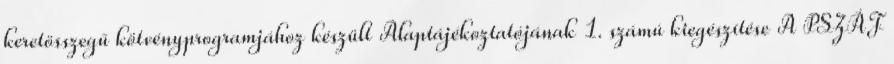
keretösszegű kötvényprogramjához készült Alaptájékoztatójának 1. számú kiegészítése A PSZÁF